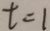
t = 1